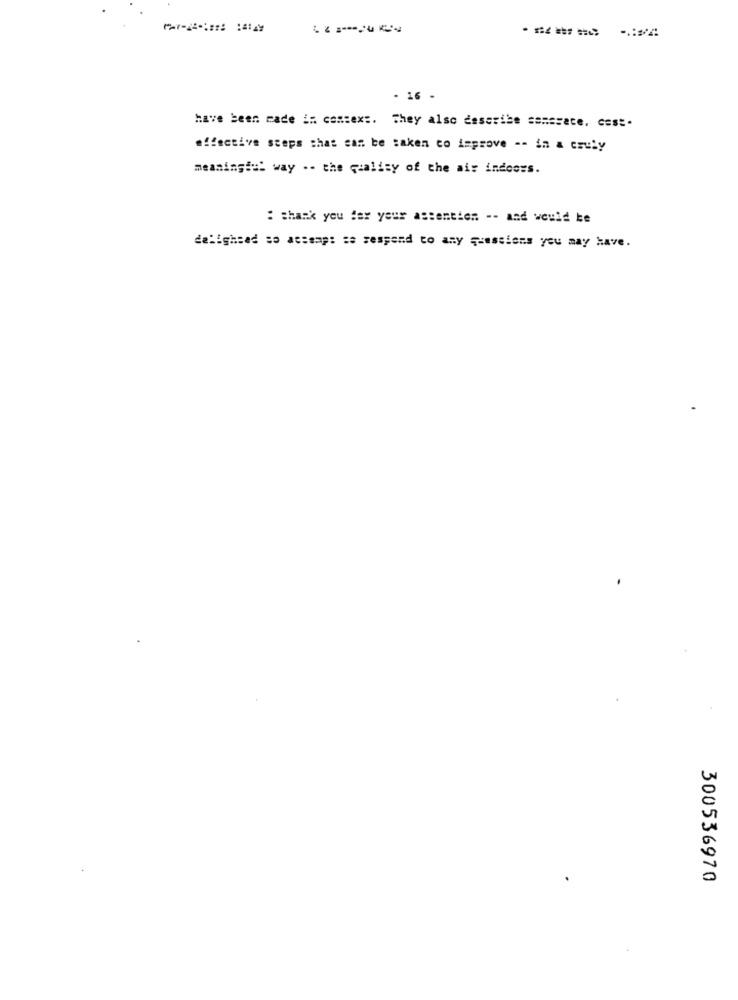
FAT -::::::: : 4:24
- 16 -
have been made in context. They also describe samssate, cost.
effective steps that can be saken to improve -- in a csuly
meaningis! way -- the quality of the ais indoors.
: thank you for your astentien -- and would be
delighead so attemp: se sespend to any questions you may have.
300536970